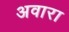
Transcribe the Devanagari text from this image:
अवारा